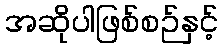
အဆိုပါဖြစ်စဉ်နှင့်